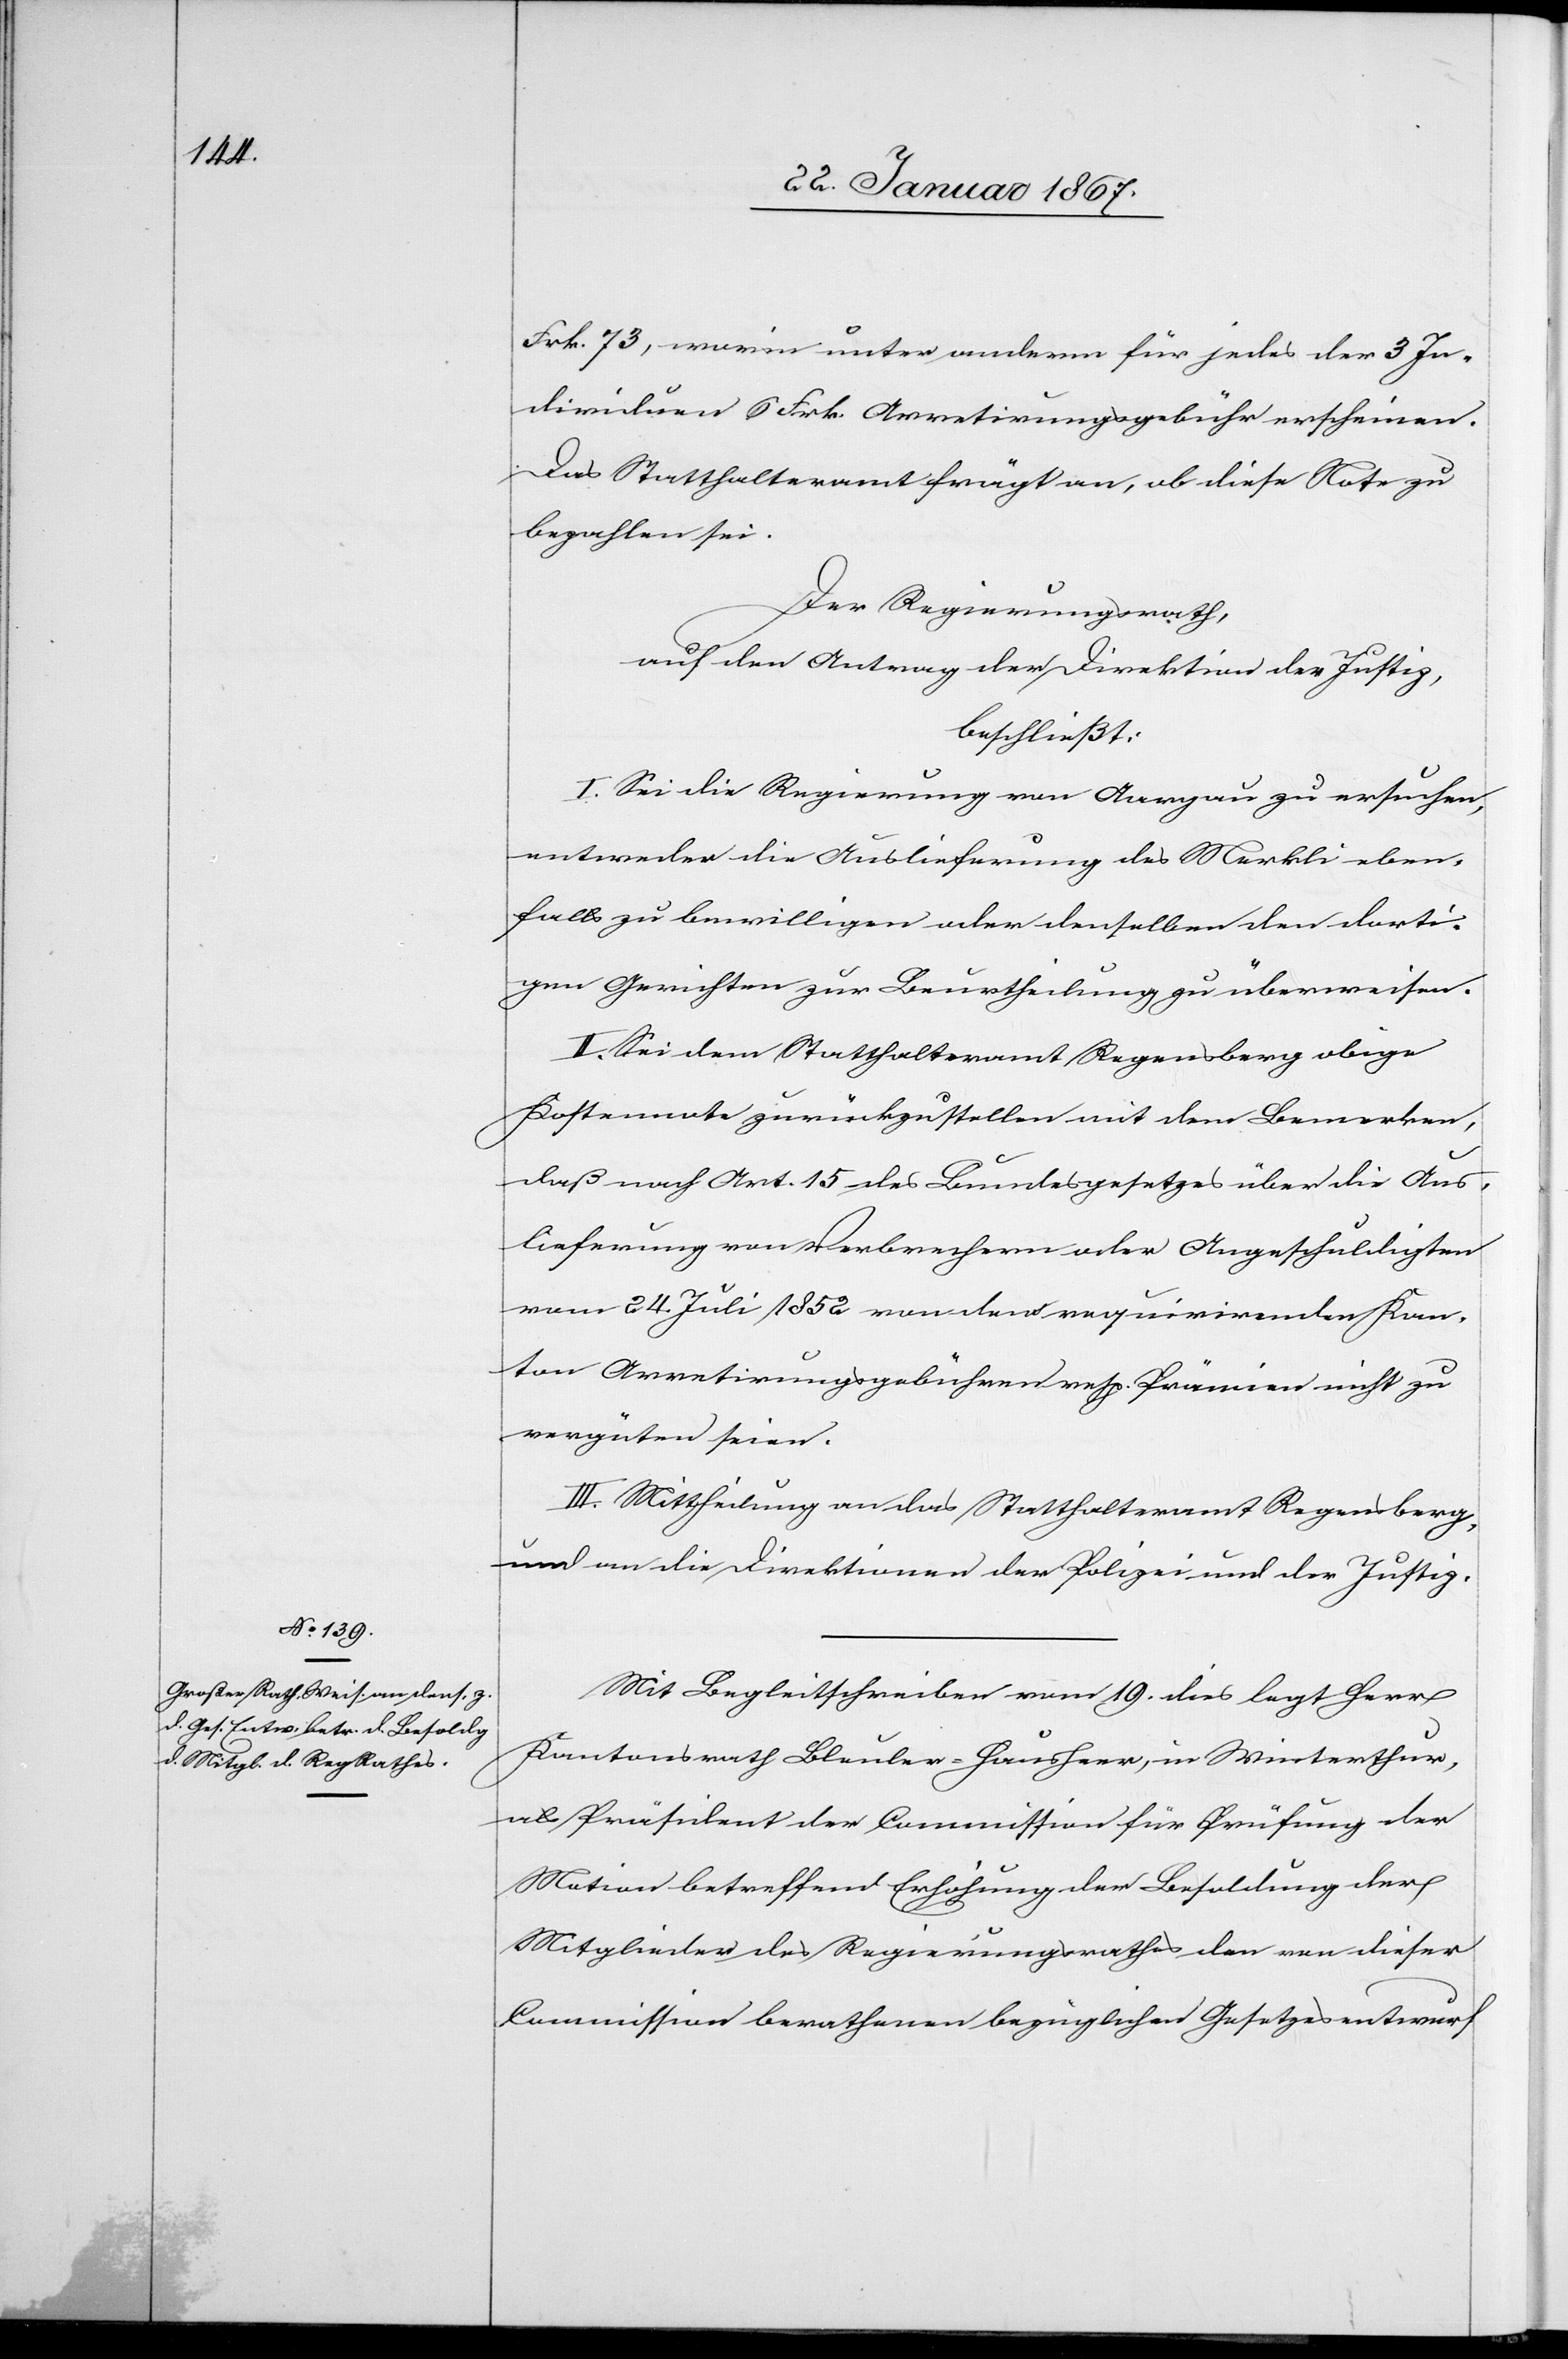
Frk. 73, worin unter anderm für jedes der 3 In¬
dividuen 6 Frk. Arretirungsgebühr erscheinen.
Das Statthalteramt frägt an, ob diese Note zu
bezahlen sei.
Der Regierungsrath,
auf den Antrag der Direktion der Justiz,
beschließt:
I. Sei die Regierung von Aargau zu ersuchen,
entweder die Auslieferung des Merkli eben¬
falls zu bewilligen oder denselben den dorti¬
gen Gerichten zur Beurtheilung zu überweisen.
II. Sei dem Statthalteramt Regensberg obige
Kostennote zurückzustellen mit dem Bemerken,
daß nach Art. 15 des Bundesgesetzes über die Aus¬
lieferung von Verbrechern oder Angeschuldigten
vom 24. Juli 1852 von dem requirirenden Kan¬
ton Arretirungsgebühren resp. Prämien nicht zu
vergüten seien.
III. Mittheilung an das Statthalteramt Regensberg,
und an die Direktion der Polizei und der Justiz.
Mit Begleitschreiben vom 19. dies legt Herr
Kantonsrath Bleuler-Hausherr, in Winterthur,
als Präsident der Commission für Prüfung der
Motion betreffend Erhöhung der Besoldung der
Mitglieder des Regierungsrathes den von dieser
Commission berathenen bezüglichen Gesetzesentwurf